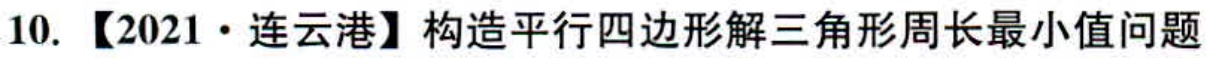
10. 【2021·连云港】构造平行四边形解三角形周长最小值问题